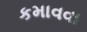
કમાવવા